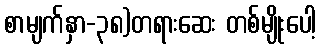
စာမျက်နှာ-၃၈)တရားဆေး တစ်မျိုးပေါ့